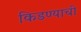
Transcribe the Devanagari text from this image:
किडण्याची